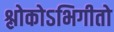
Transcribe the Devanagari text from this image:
श्लोकोऽभिगीतो